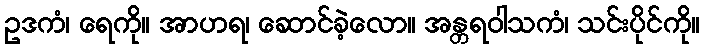
ဥဒကံ၊ ရေကို။ အာဟရ၊ ဆောင်ခဲ့လော။ အန္တရဝါသကံ၊ သင်းပိုင်ကို။